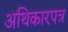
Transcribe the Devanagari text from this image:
अथिकारपत्र